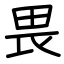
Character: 畏